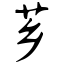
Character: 芗